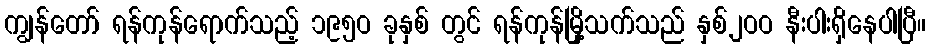
ကျွန်တော် ရန်ကုန်ရောက်သည့် ၁၉၅ဝ ခုနှစ် တွင် ရန်ကုန်မြို့သက်သည် နှစ်၂ဝဝ နီးပါးရှိနေပါပြီ။